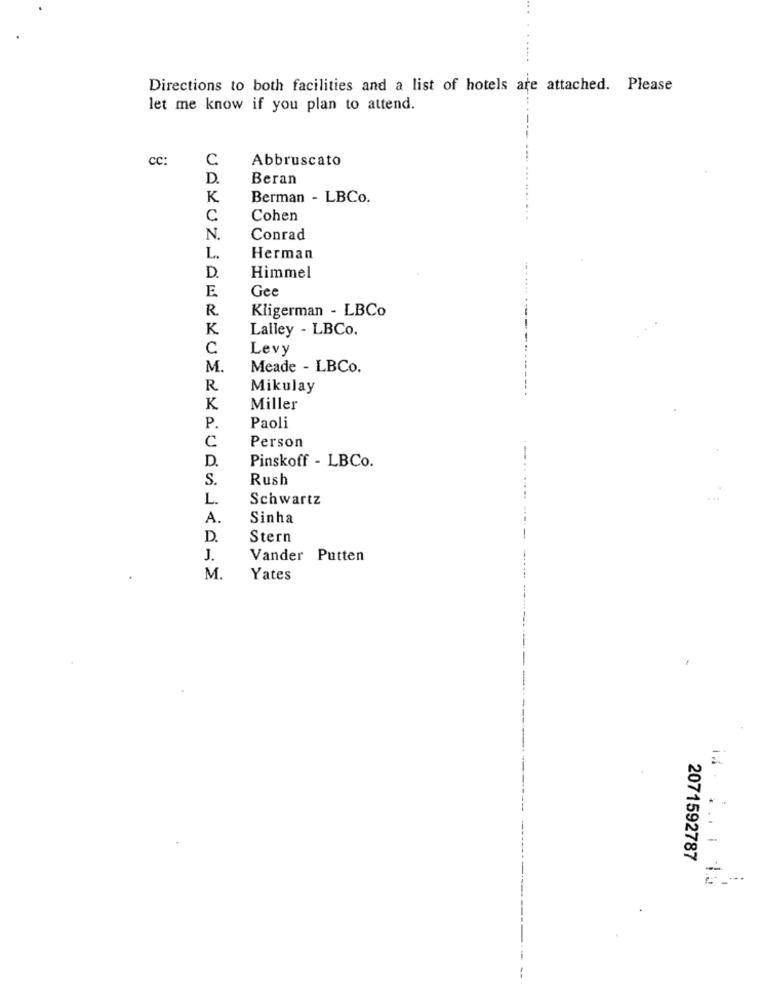
Directions to both facilities and a list of hotels are attached. Please
let me know if you plan to attend.
cc:
C
Abbruscato
D.
Beran
K
Berman - LBCo.
C
Cohen
N.
Conrad
L.
Herman
D.
Himmel
E
Gee
R
Kligerman - LBCo
K
Lalley - LBCo.
c
Levy
M.
Meade - LBCo.
R
Mikulay
K
Miller
P.
Paoli
C
Person
D.
Pinskoff - LBCo.
S.
Rush
L.
Schwartz
A.
Sinha
D
Stern
J.
Vander Putten
M.
Yates
. . .
2071592787